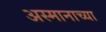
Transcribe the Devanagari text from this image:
अस्मानाच्या